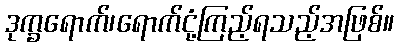
ဒုက္ခရောက်၊ရောက်ငုံ့ကြည့်ရသည့်အဖြစ်။